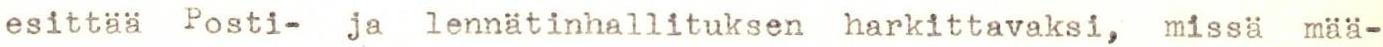
esittää Posti- ja lennätinhallituksen harkittavaksi, missä mää-